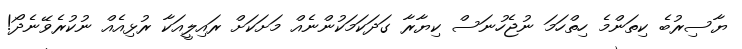
ޔާސިރުބެ ކިތަންމެ ހިތްހަމަ ނުޖެހުނަސް ކިޔާރާ ގަދަކަމަކުންނެއް މަށަކަށް ރައިލީއަކާ ރުޅިއެއް ނުކުރެވޭނެދޯ!